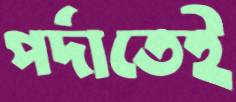
পর্দাতেই